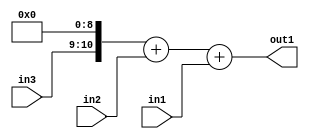
`timescale 1ps / 1ps
/*****************************************************************************
    Verilog RTL Description
    
    
    Created by: Stratus DpOpt 2019.1.01 
*******************************************************************************/

module SobelFilter_Add3u9u2Cati0u2_1_0 (
	in3,
	in2,
	in1,
	out1
	); /* architecture "behavioural" */ 
input [1:0] in3,
	in2;
input [8:0] in1;
output [11:0] out1;
wire [11:0] asc001;
wire [10:0] asc002;

assign asc002 = {in3,9'B000000000};

wire [11:0] asc001_tmp_0;
assign asc001_tmp_0 = 
	+(asc002)
	+(in2);
assign asc001 = asc001_tmp_0
	+(in1);

assign out1 = asc001;
endmodule

/* CADENCE  uLT1TQo= : u9/ySgnWtBlWxVPRXgAZ4Og= ** DO NOT EDIT THIS LINE ******/